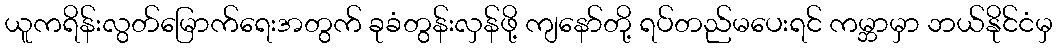
ယူကရိန်းလွတ်မြောက်ရေးအတွက် ခုခံတွန်းလှန်ဖို့ ကျနော်တို့ ရပ်တည်မပေးရင် ကမ္ဘာမှာ ဘယ်နိုင်ငံမှ